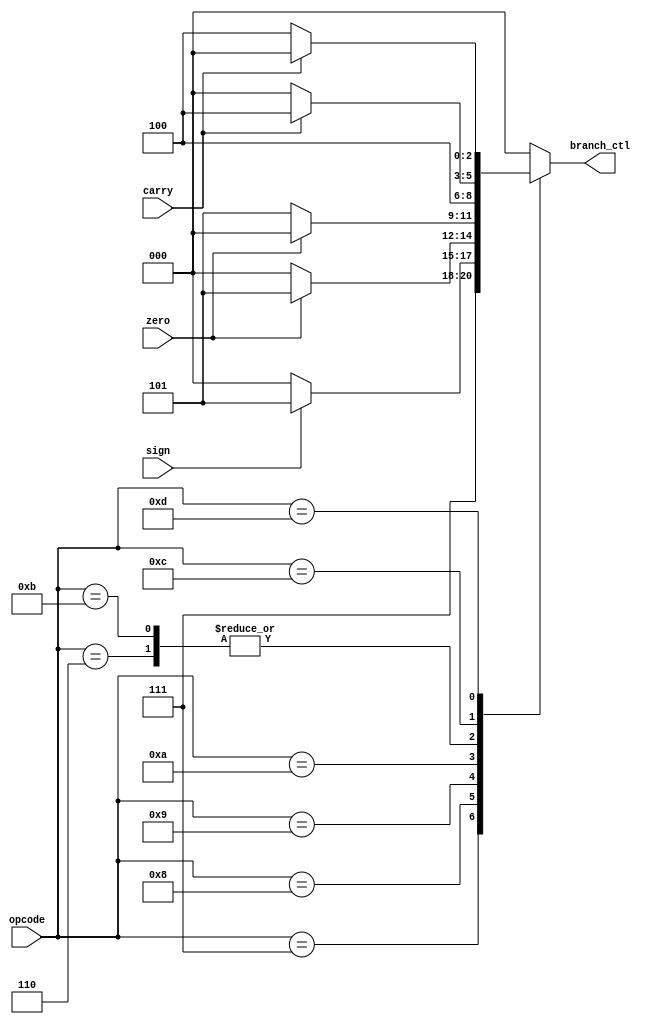
`timescale 1ns / 1ps
//////////////////////////////////////////////////////////////////////////////////
// Company: 
// Engineer: 
// 
// Design Name: 
// Module Name:    branching_control 
// Project Name: 
// Target Devices: 
// Tool versions: 
// Description: 
//
// Dependencies: 
//
// Revision: 
// Revision 0.01 - File Created
// Additional Comments: 
//
//////////////////////////////////////////////////////////////////////////////////
module branching_control(
	input [3:0] opcode,
	input zero,
			sign,
			carry,
	output reg [2:0] branch_ctl
    );
	
	always @(opcode or zero or sign or carry) begin
		case(opcode)
			4'b0110: branch_ctl <= {1'b1, 1'b0, 1'b0}; //b
			4'b0111: branch_ctl <= {1'b1, 1'b1, 1'b1}; //br
			4'b1000: begin
				if(sign)
					branch_ctl <= {1'b1, 1'b0, 1'b1}; //bltz
				else
					branch_ctl <= {1'b0, 1'b0, 1'b0}; //Not a branch
			end
			4'b1001: begin
				if(zero)
					branch_ctl <= {1'b1, 1'b0, 1'b1}; //bz
				else
					branch_ctl <= {1'b0, 1'b0, 1'b0}; //Not a branch
			end
			4'b1010: begin
				if(!zero)
					branch_ctl <= {1'b1, 1'b0, 1'b1}; //bnz
				else
					branch_ctl <= {1'b0, 1'b0, 1'b0}; //Not a branch
			end
			4'b1011: branch_ctl <= {1'b1, 1'b0, 1'b0}; //bl
			4'b1100: begin
				if(carry)
					branch_ctl <= {1'b1, 1'b0, 1'b0}; //bc
				else
					branch_ctl <= {1'b0, 1'b0, 1'b0}; //Not a branch
			end
			4'b1101: begin
				if(!carry)
					branch_ctl <= {1'b1, 1'b0, 1'b0}; //bnc
				else
					branch_ctl <= {1'b0, 1'b0, 1'b0}; //Not a branch
			end
			default: begin
				branch_ctl <= {1'b0, 1'b0,1'b0}; //Not a branch
			end
			endcase
	end

endmodule